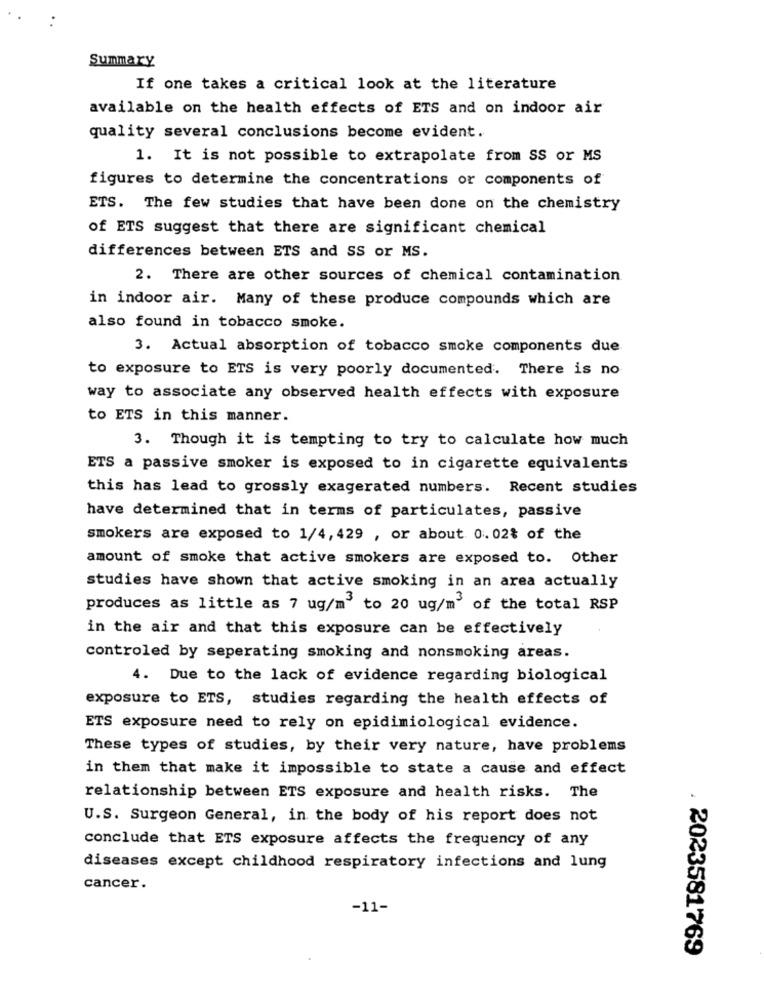
Summary
If one takes a critical look at the literature
available on the health effects of ETS and on indoor air
quality several conclusions become evident.
1. It is not possible to extrapolate from SS or MS
figures to determine the concentrations or components of
ETS. The few studies that have been done on the chemistry
of ETS suggest that there are significant chemical
differences between ETS and SS or MS.
2. There are other sources of chemical contamination
in indoor air. Many of these produce compounds which are
also found in tobacco smoke.
3. Actual absorption of tobacco smoke components due
to exposure to ETS is very poorly documented. There is no
way to associate any observed health effects with exposure
to ETS in this manner.
3. Though it is tempting to try to calculate how much
ETS a passive smoker is exposed to in cigarette equivalents
this has lead to grossly exagerated numbers. Recent studies
have determined that in terms of particulates, passive
smokers are exposed to 1/4, 429 , or about 0.02% of the
amount of smoke that active smokers are exposed to. Other
studies have shown that active smoking in an area actually
produces as little as 7 ug/m3 to 20 ug/m3 of the total RSP
in the air and that this exposure can be effectively
controled by seperating smoking and nonsmoking areas.
4. Due to the lack of evidence regarding biological
exposure to ETS, studies regarding the health effects of
ETS exposure need to rely on epidimiological evidence.
These types of studies, by their very nature, have problems
in them that make it impossible to state a cause and effect
relationship between ETS exposure and health risks. The
U.S. Surgeon General, in the body of his report does not
conclude that ETS exposure affects the frequency of any
diseases except childhood respiratory infections and lung
cancer.
-11-
. 2023581769